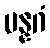
ပန္နဂံ